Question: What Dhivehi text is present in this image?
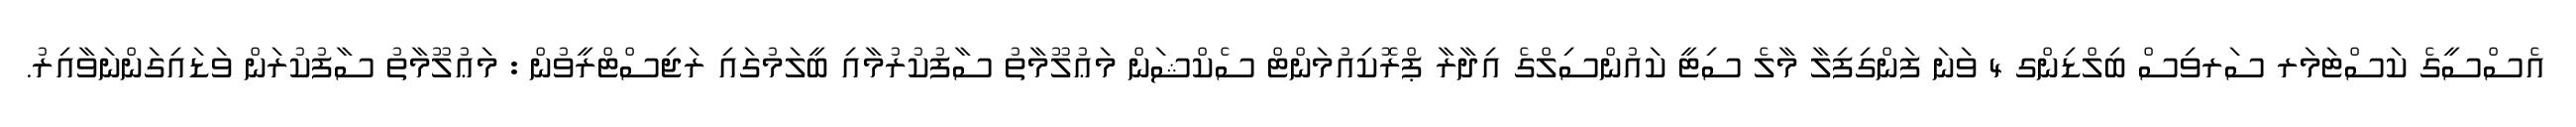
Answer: އެސްސީގެ ކަސްޓަމަރ ސަރވިސް ބިލްޑިންގ 4 ވަނަ ފަންގިފިލާ މާލެ ސިޓީ ކައުންސިލްގެ އިދާރާ ޕްރޮކިއުމަންޓް ސެކްޝަން މަޢުލޫމާތު ސާފުކުރުމާއި ބީލަމުގައި ރަޖިސްޓްރީވުން : މަޢުލޫމާތު ސާފުކުރަން ވަޑައިގަންނަވާއިރު.